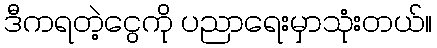
ဒီကရတဲ့ငွေကို ပညာရေးမှာသုံးတယ်။